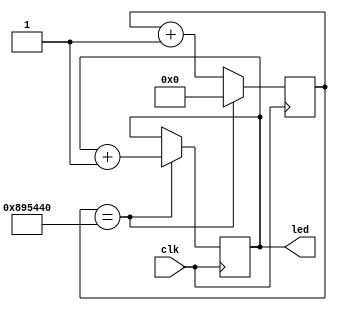
module blink_led
(
    input clk,
    output [7:0] led
);

localparam WAIT_TIME = 9000000;
reg [7:0] ledCounter = 0;
reg [23:0] clockCounter = 0;

always @(posedge clk) begin
    clockCounter <= clockCounter + 1;
    if (clockCounter == WAIT_TIME) begin
        clockCounter <= 0;
        ledCounter <= ledCounter + 1;
    end
end

assign led = ledCounter;
endmodule